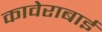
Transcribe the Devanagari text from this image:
कावेराबाई